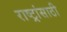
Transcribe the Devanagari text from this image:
राष्ट्रांसाठी